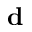
\mathbf { d }